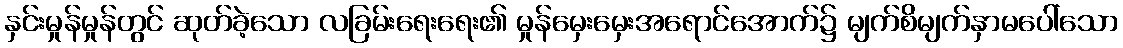
နှင်းမှုန်မှုန်တွင် ဆုတ်ခဲ့သော လခြမ်းရေးရေး၏ မှုန်မှေးမှေးအရောင်အောက်၌ မျက်စိမျက်နှာမပေါ်သော